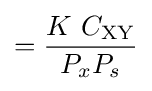
={\frac {K~C_{\text{XY}}}{P_{x}P_{s}}}